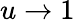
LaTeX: u\rightarrow 1